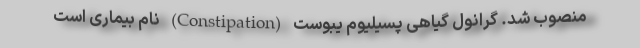
منصوب شد. گرانول گیاهی پسیلیوم یبوست (Constipation) نام بیماری است